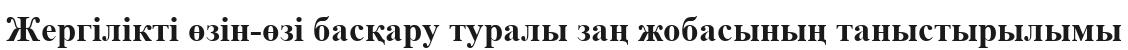
Жергілікті өзін-өзі басқару туралы заң жобасының таныстырылымы